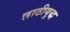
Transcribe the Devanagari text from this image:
लाठीयुद्ध